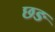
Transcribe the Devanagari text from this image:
छङ